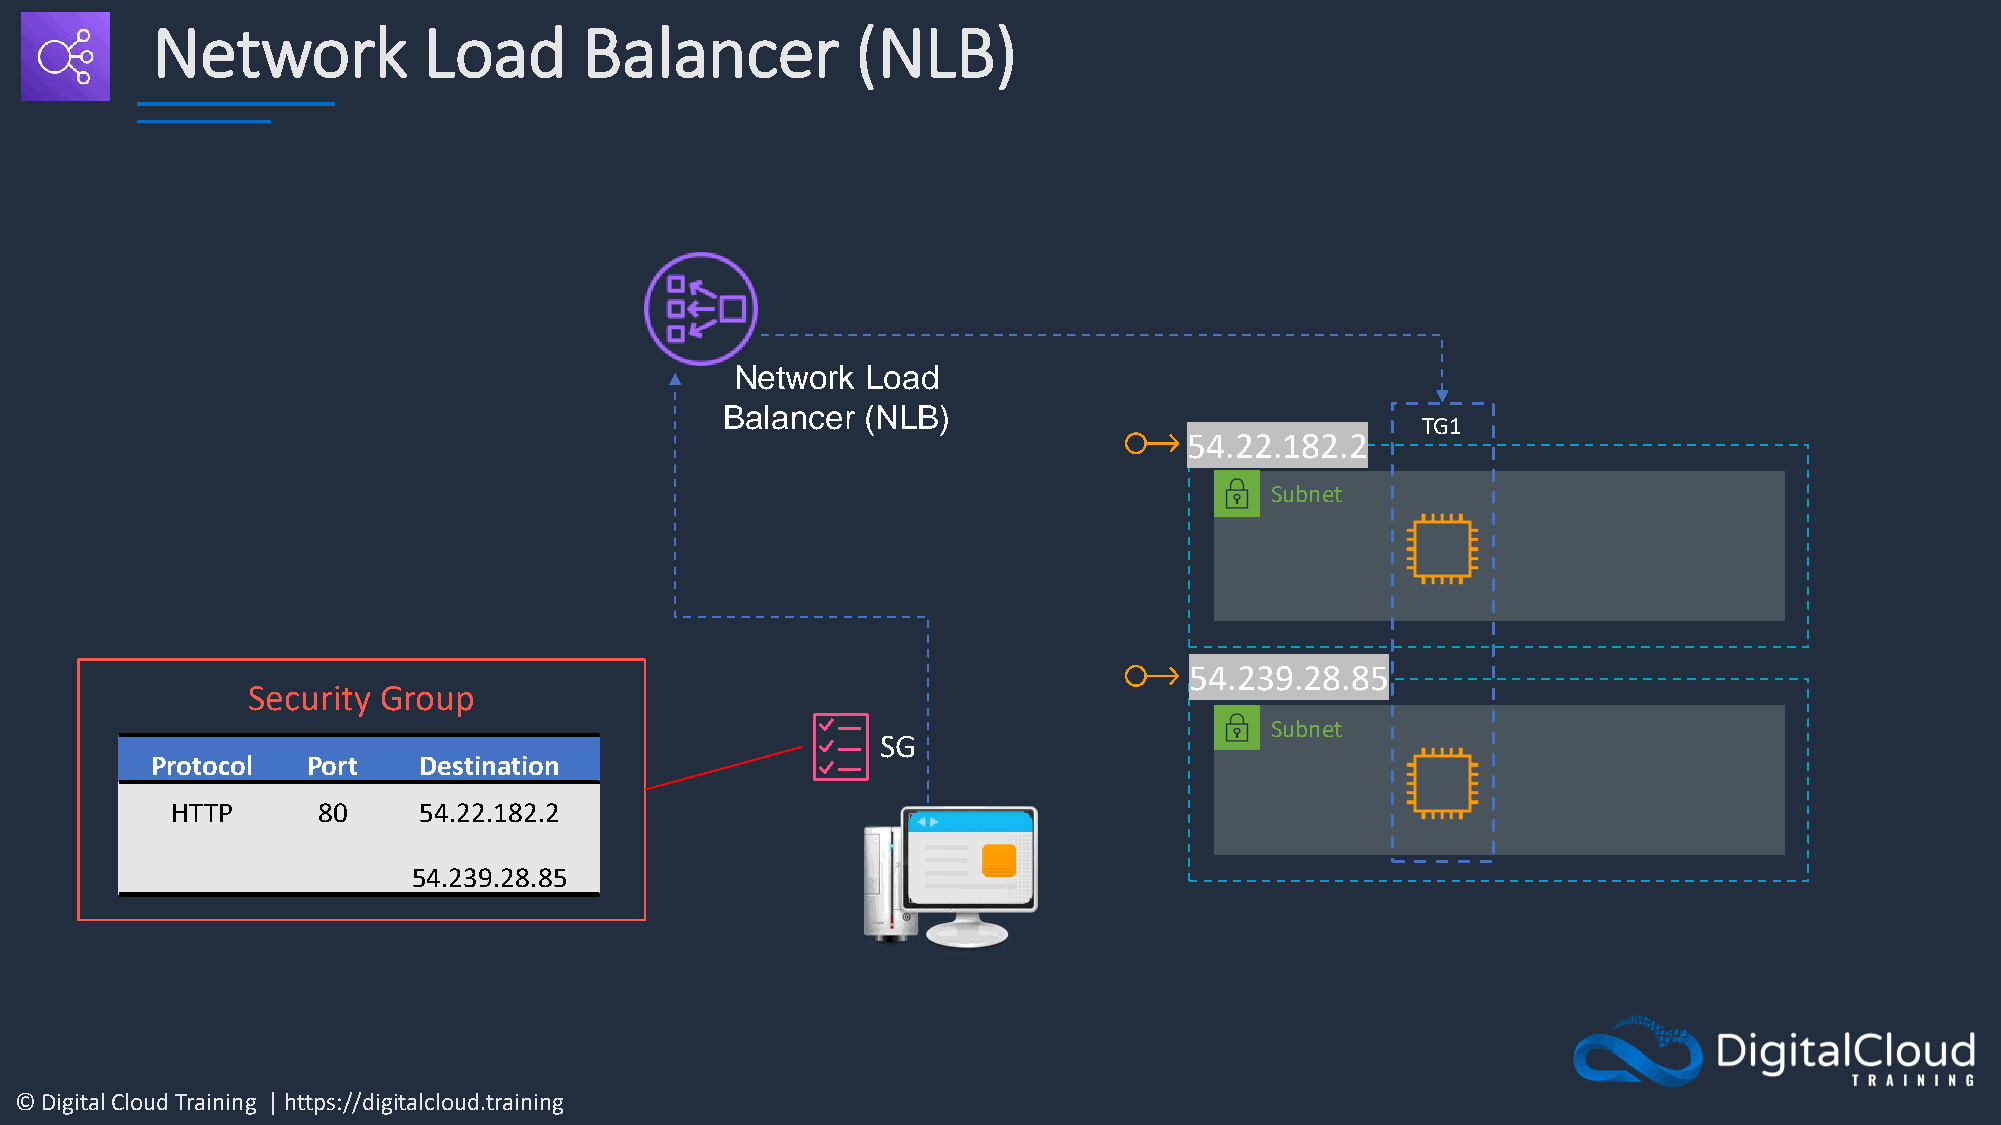
Network           Load       Balancer          (NLB)
 Network Load
 Balancer (NLB)
 TG1
 54.22.182.2
 Subnet
 54.239.28.85
 Security Group
 Subnet
 SG
 Protocol  Port    Destination
 HTTP      80     54.22.182.2
 54.239.28.85
 © Digital Cloud Training | https://digitalcloud.training